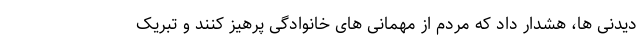
دیدنی ها، هشدار داد که مردم از مهمانی های خانوادگی پرهیز کنند و تبریک